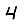
Digit: 4